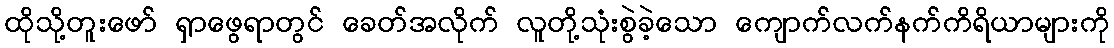
ထိုသို့တူးဖော် ရှာဖွေရာတွင် ခေတ်အလိုက် လူတို့သုံးစွဲခဲ့သော ကျောက်လက်နက်ကိရိယာများကို